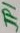
Text: JP1